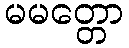
မမတ္တော